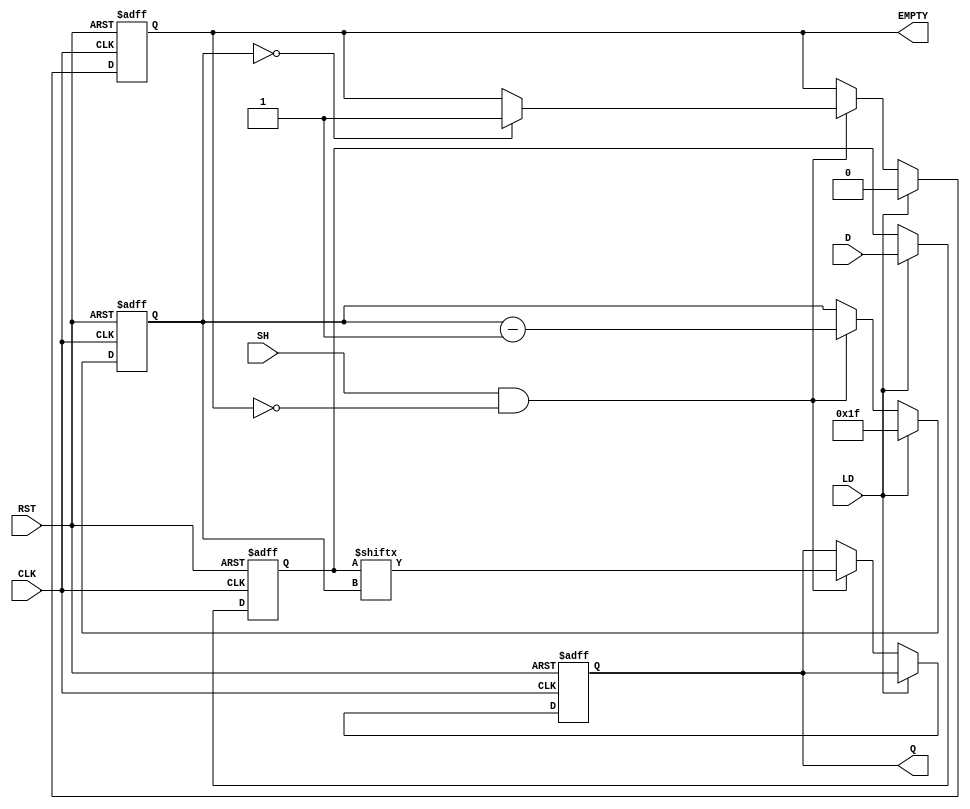
module PISO_32bit (
    input wire [31:0] D,      // Parallel Data Input
    input wire LD,            // Load control signal
    input wire SH,            // Shift control signal
    input wire CLK,           // Clock signal
    input wire RST,           // Asynchronous reset signal
    output reg Q,             // Serial Output
    output reg EMPTY          // Empty signal
);

    reg [31:0] REG;           // Storage Register
    reg [4:0] count;          // Counter for shifting bits (5 bits for 0-31)
    reg is_empty;             // Internal flag to track empty state

    // Asynchronous reset and loading of data
    always @(posedge CLK or posedge RST) begin
        if (RST) begin
            REG <= 32'b0;     // Clear the register
            count <= 5'd0;    // Reset the counter
            Q <= 1'b0;        // Clear the output
            is_empty <= 1'b1; // Set empty state
        end
        else if (LD) begin
            REG <= D;         // Load parallel data into the register
            count <= 5'd31;   // Start shifting from MSB
            is_empty <= 1'b0; // Data is now present, not empty
        end
        else if (SH && !is_empty) begin
            // Shift operation
            Q <= REG[count];   // Output the current bit
            count <= count - 1; // Decrement counter

            if (count == 5'd0) begin
                is_empty <= 1'b1; // Set empty state when done shifting
            end
        end
    end

    // Assign EMPTY signal based on is_empty state
    always @(*) begin
        EMPTY = is_empty;
    end

endmodule